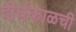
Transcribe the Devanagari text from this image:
दीर्घकाळची